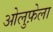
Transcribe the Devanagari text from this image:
ओलुफ़ेला